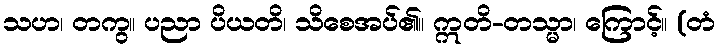
သဟ၊ တကွ။ ပညာ ပိယတိ၊ သိစေအပ်၏။ ဣတိ-တသ္မာ၊ ကြောင့်။ (တံ